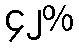
၄၂%